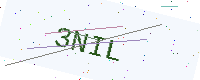
Text: 3NIL